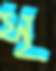
সৃ